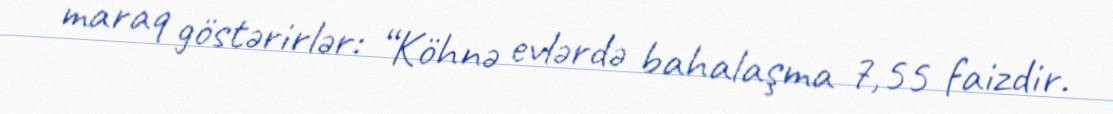
maraq göstərirlər: “Köhnə evlərdə bahalaşma 7,55 faizdir.